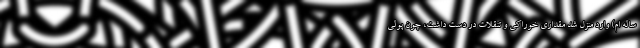
ساله ام) وارد منزل شد مقداری خوراکی و تنقلات در دست داشت، چون پولی